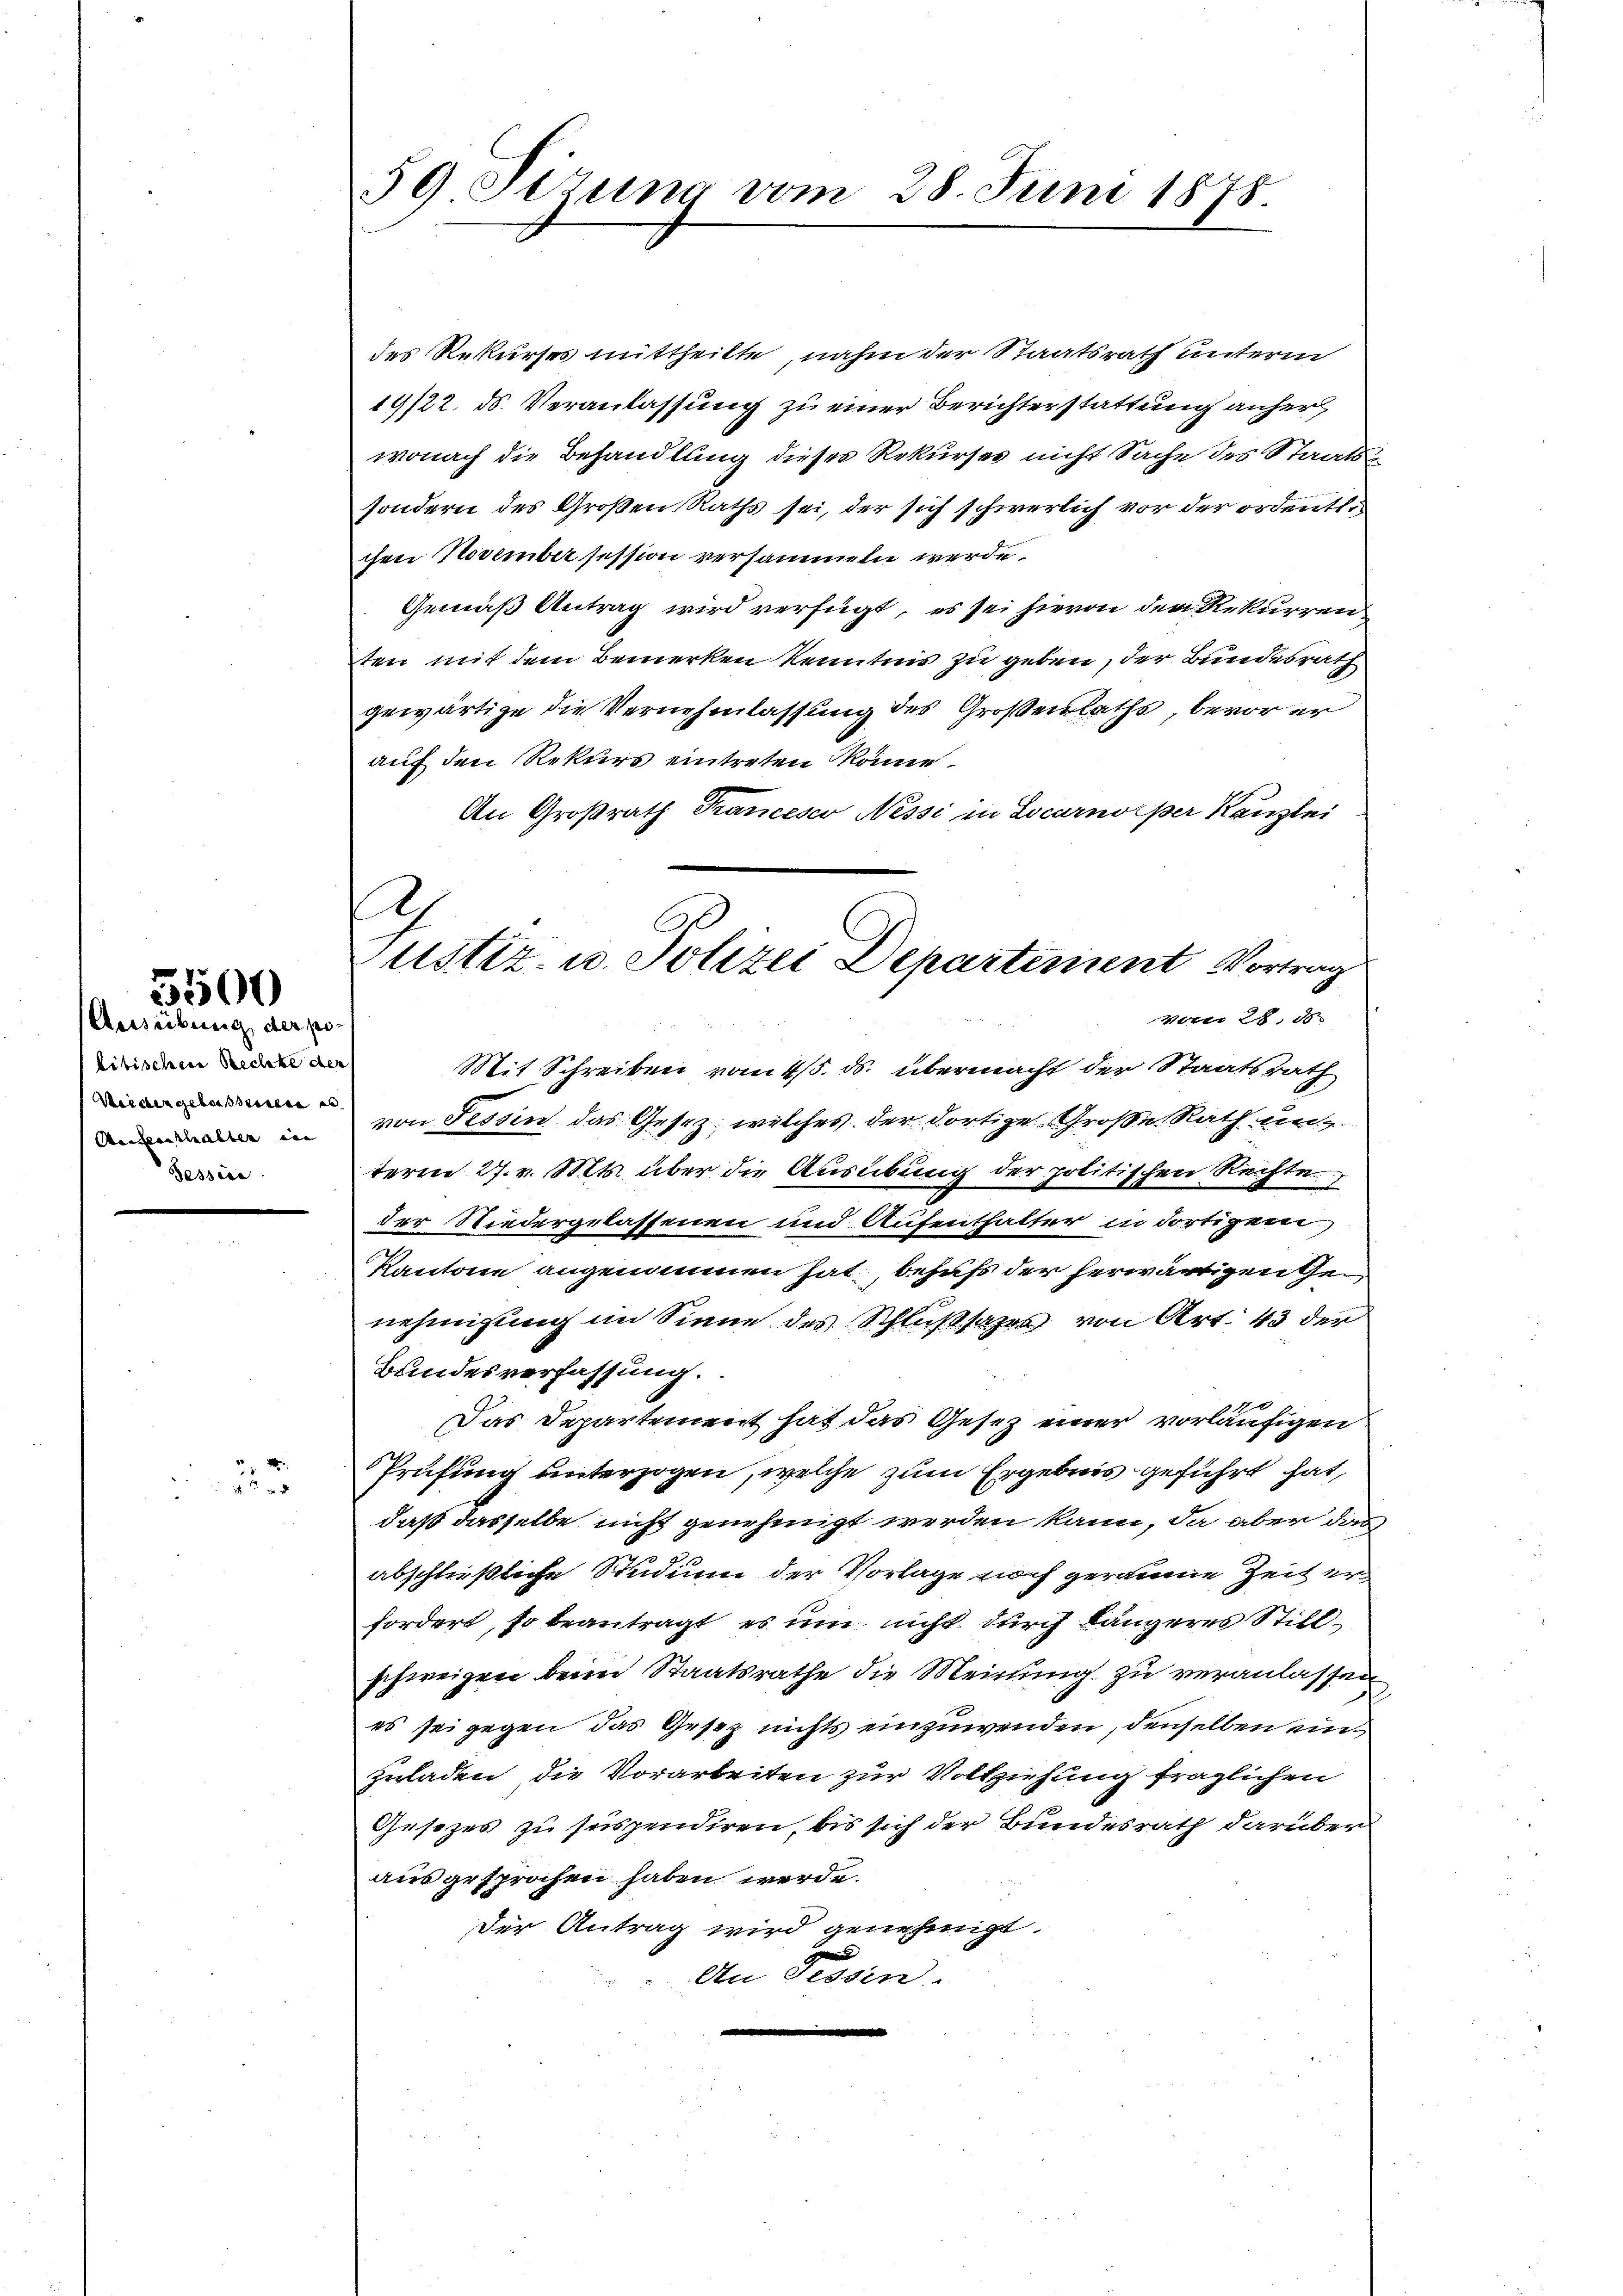
5500
Ausübung der po¬

litischen Rechte der
Weider gelassenen e
Aufenthalter in
Tessier

2
 45 x

59. Sizung vom 28. Juni 1878.

2
ustiz- u. Polizei Departement Vortrag
vom 28. d

des Rekurses mittheilte, nahm der Staatsrath unterm
19/22. ds. Veranlassung zu einer Berichterstattung anher
wonach die Behandlung dieses Rekurses nicht Sache des Staats-
sondern des Großen Raths sei, der sich schwerlich vor der ordenter
chen November session versammeln werde.
Gemäß Antrag wird verfügt, es sei hievon den Rekurren
ten mit dem Bemerken Kenntnis zu geben, der Bundesrath
gewärtige die Vernehmlassung des Großen Raths, bevor er
auf den Rekurs eintreten könne.
An Großrath Franceser Nessi in Locarno per Kanzlei
Mit Schreiben vom 4/5. ds. übermacht der Staatsrath
von Tessin das Gesetz, welches der dortige Große Rath unterm 27. v. Mts. über die Ausübung der politischen Rechte
der Niedergelassenen und Aufenthalter in dortigem
Kantone angenommen hat, behufs der herwärtigen Genehmigung im Sinne des Schlußsazer von Art. 43 der
Bundesverfassung.
 x
Das Departement hat das Gesetz einer vorläufigen
Prüfung unterzogen, welche zum Ergebnis geführt hat,
daß dasselbe nicht genehmigt werden kann, da aber dies
abschließliche Studium der Vorlage noch geraume Zeit erfordert, so beantragt, es um nicht durch längeres Stillschweizen beim Staatsrathe die Meinung zu veranlassen
es sei gegen das Gesez nichts einzuwenden, denselben einzuladen, die Vorarbeiten zur Vollziehung fraglichen
Gesetzes zu suspendiren, bis sich der Bundesrath darüber
ausgesprochen haben werde.
Der Antrag wird genehmigt.
An Tessin